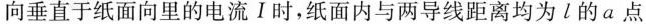
向垂直于纸面向里的电流I时，纸面内与两导线距离均为L的a点